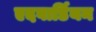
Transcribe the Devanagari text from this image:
एदवार्डियन